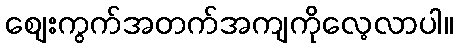
စျေးကွက်အတက်အကျကိုလေ့လာပါ။